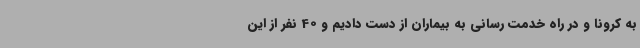
به کرونا و در راه خدمت رسانی به بیماران از دست دادیم و 40 نفر از این